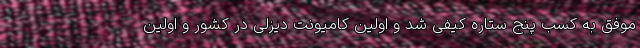
موفق به کسب پنج ستاره کیفی شد و اولین کامیونت دیزلی در کشور و اولین